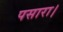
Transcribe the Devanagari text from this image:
पसारा।